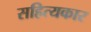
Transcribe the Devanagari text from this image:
सहित्यकार